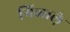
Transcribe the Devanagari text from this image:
मिळाले़